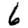
Digit: 6